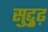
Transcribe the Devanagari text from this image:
सुद्दुृढ़